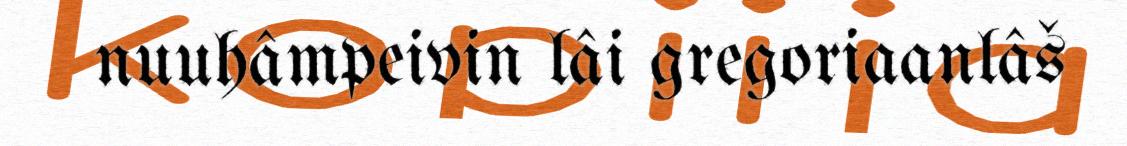
nuuhâmpeivin lâi gregoriaanlâš